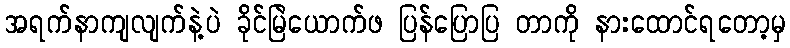
အရက်နာကျလျက်နဲ့ပဲ ခိုင်မြဲယောက်ဖ ပြန်ပြောပြ တာကို နားထောင်ရတော့မှ